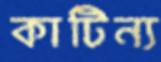
কাটিন্য